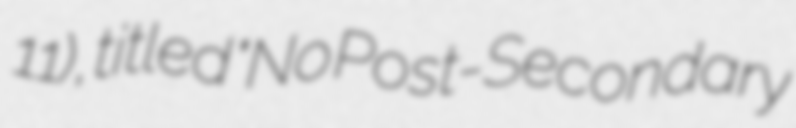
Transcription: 11), titled "No Post-Secondary